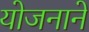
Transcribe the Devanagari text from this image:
योजनाने